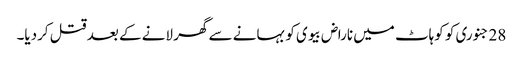
28 جنوری کو کوہاٹ میں ناراض بیوی کو بہانے سے گھر لانے کے بعد قتل کردیا۔